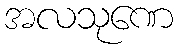
အလသုဏေ